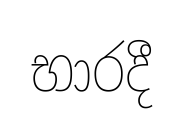
භාරදී